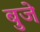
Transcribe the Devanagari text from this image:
बुजे